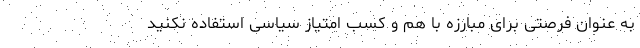
به عنوان فرصتی برای مبارزه با هم و کسب امتیاز سیاسی استفاده نکنید